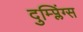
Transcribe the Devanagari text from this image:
दुम्प्लिंग्स